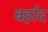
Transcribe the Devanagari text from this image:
बर्हाद